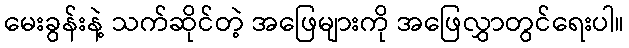
မေးခွန်းနဲ့ သက်ဆိုင်တဲ့ အဖြေများကို အဖြေလွှာတွင်ရေးပါ။